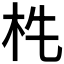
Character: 𣏱